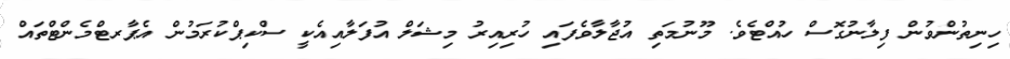
ހިނިތުންވުން ފިލާނުގޮސް ހުއްޓެވެ. މޫނުމަތި އުޖާލާވެފައި ހުރިއިރު މިޝަލް އުފަލާއިއެކީ ސްކިޕްކުރަމުން އެޕާރޓްމެންޓްތައް